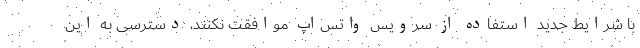
با شرایط جدید استفاده از سرویس واتس‌اپ موافقت نکنند، دسترسی به این